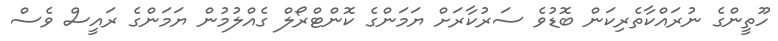
ހޫތީންގެ ނުރައްކާތެރިކަން ބޮޑުވެ ސަރުކާރަށް ޔަމަންގެ ކޮންޓްރޯލް ގެއްލުމުން ޔަމަންގެ ރައީސް ވެސް